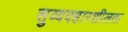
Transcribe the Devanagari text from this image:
सुव्यवहारशीलता